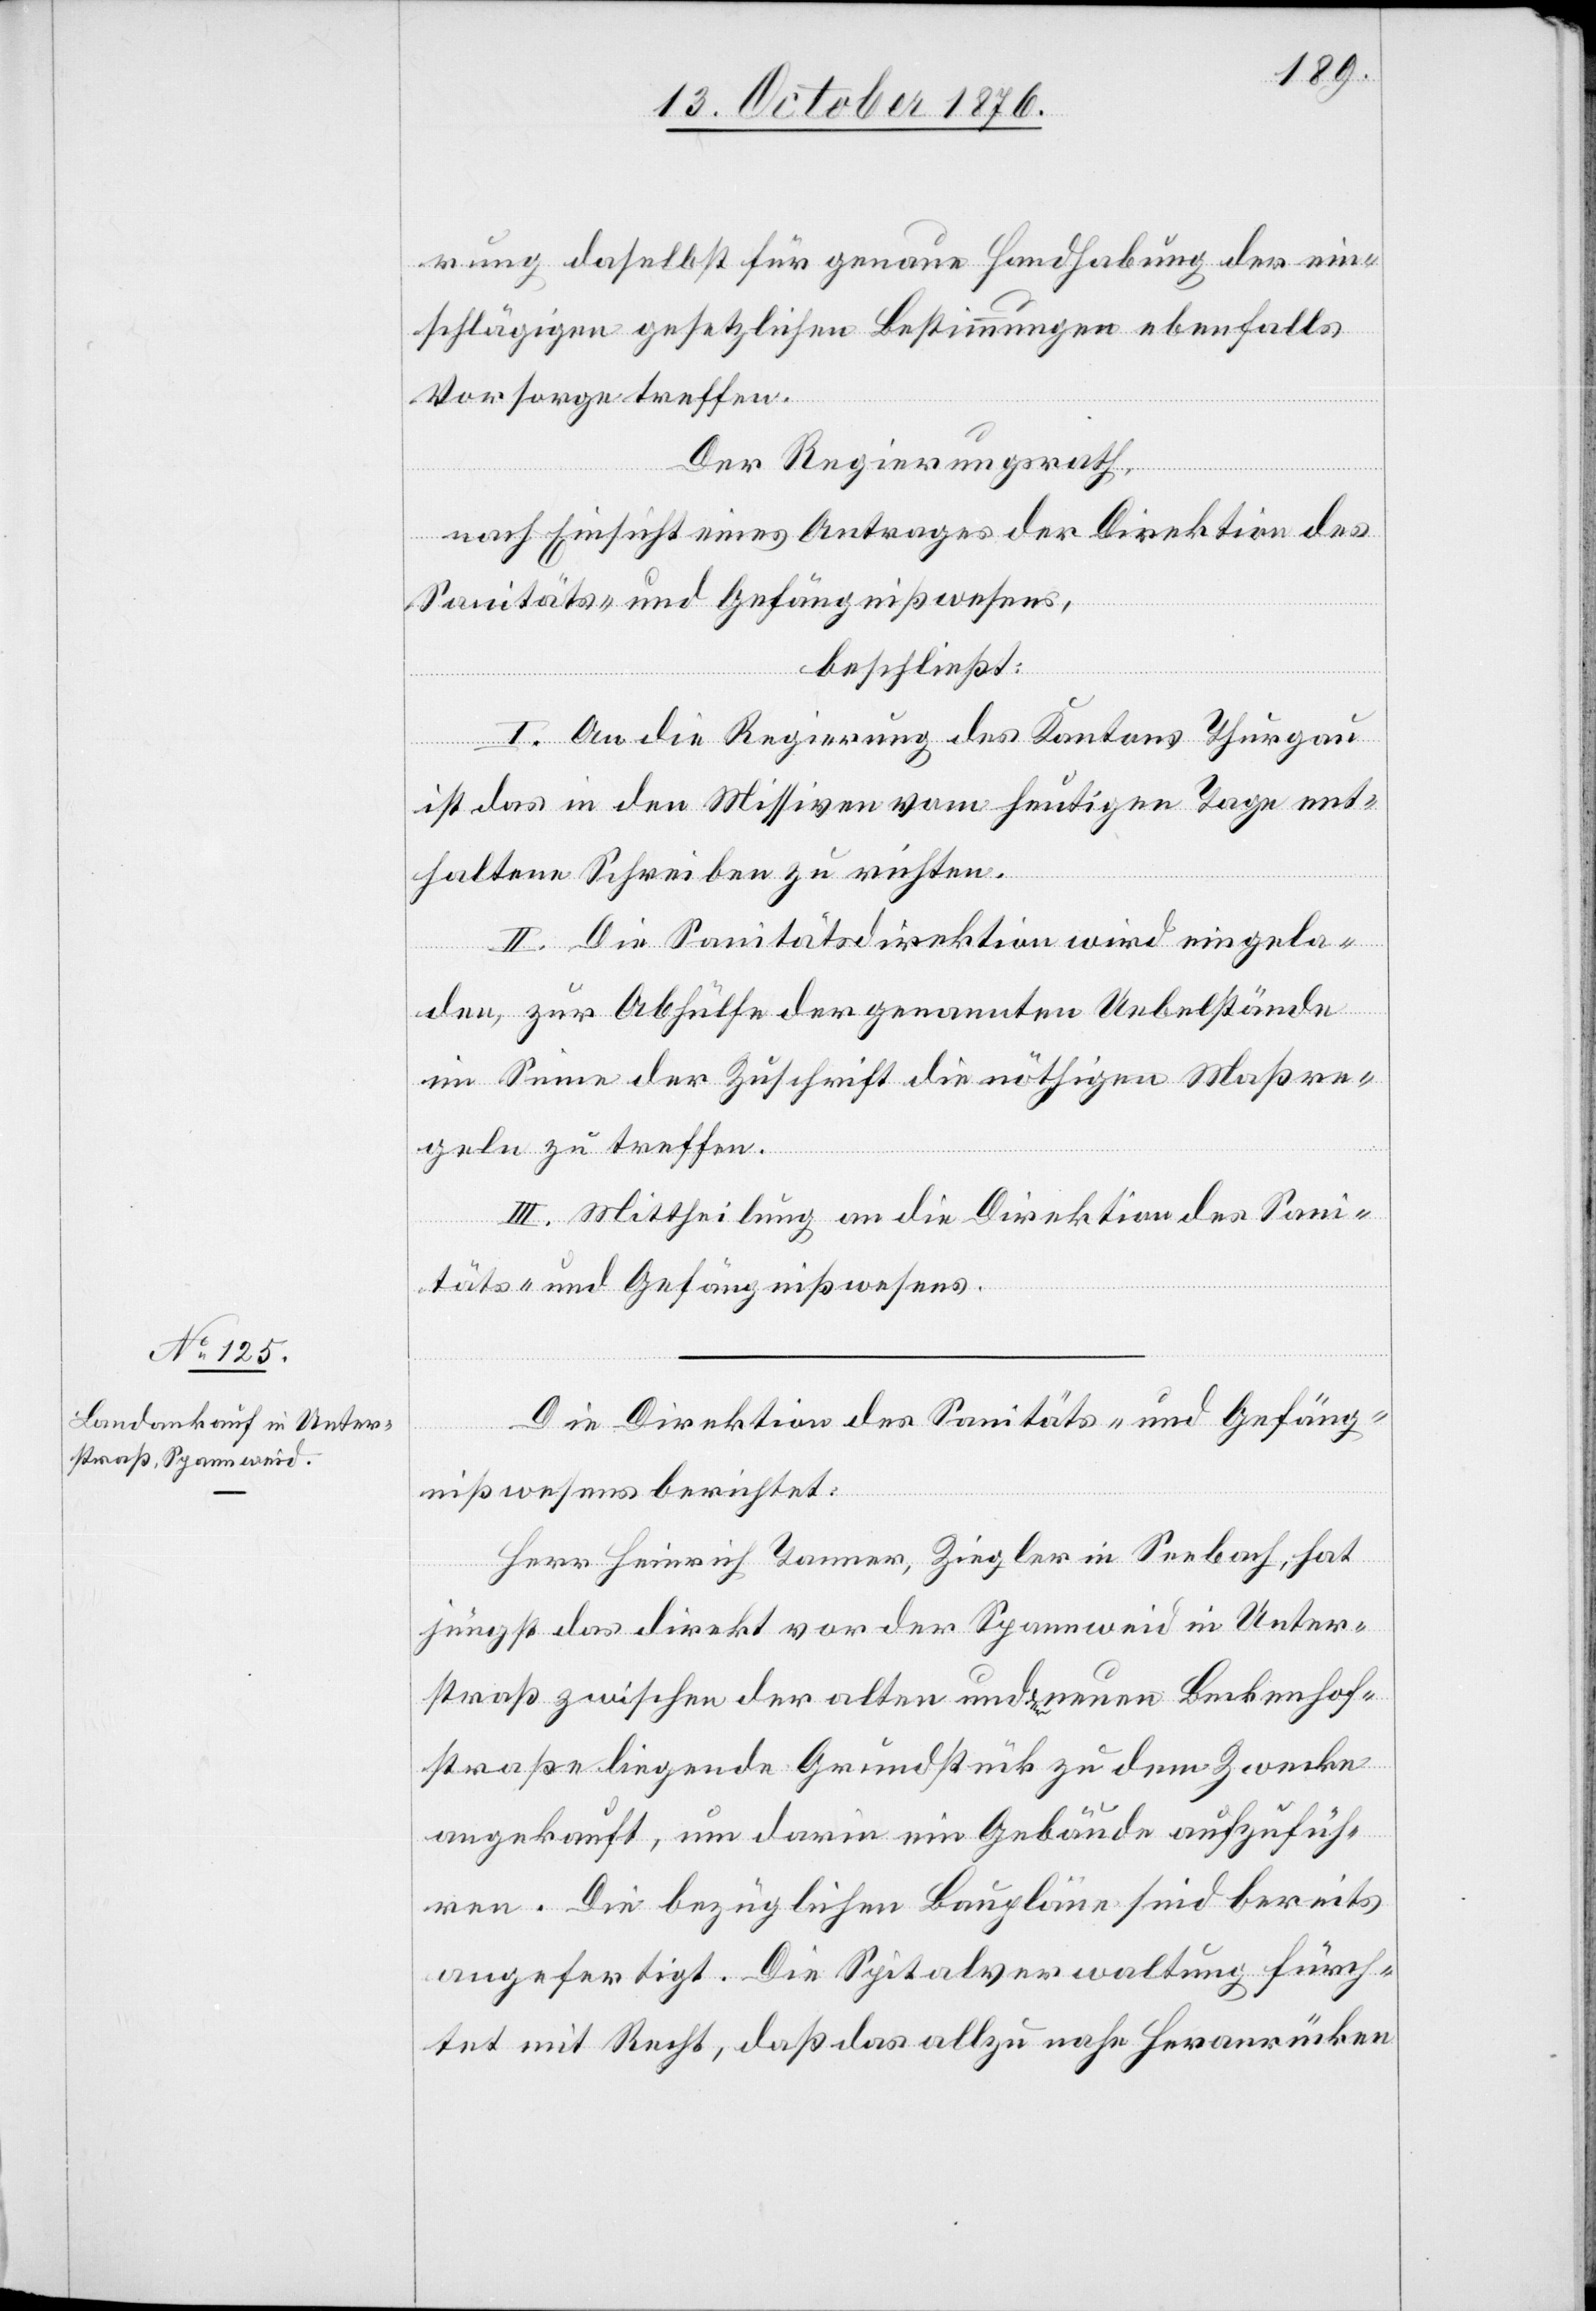
rung daselbst für genaue Handhabung der ein¬
schlägigen gesetzlichen Bestimmungen ebenfalls
Vorsorge treffen.
Der Regierungsrath,
nach Einsicht eines Antrages der Direktion des
Sanitäts- und Gefängnißwesens,
beschließt:
I. An die Regierung des Kantons Thurgau
ist das in den Missiven vom heutigen Tage ent¬
haltene Schreiben zu richten.
II. Die Sanitätsdirektion wird eingela¬
den, zur Abhülfe der genannten Uebelstände
im Sinne der Zuschrift die nöthigen Maßre¬
geln zu treffen.
III. Mittheilung an die Direktion des Sani¬
täts- und Gefängnißwesens.
Die Direktion des Sanitäts- und Gefäng¬
nißwesens berichtet:
Herr Heinrich Tanner, Ziegler in Seebach, hat
jüngst das direkt vor der Spannweid in Unter¬
straß zwischen der alten und neuen Beckenhof¬
straße liegende Grundstück zu dem Zwecke
angekauft, um darin ein Gebäude aufzufüh¬
ren. Die bezüglichen Baupläne sind bereits
ausgefertigt. Die Spitalverwaltung fürch¬
tet mit Recht, daß das allzu nahe Heranrücken